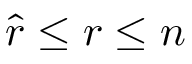
\ensuremath { \hat { r } } \leq r \leq n